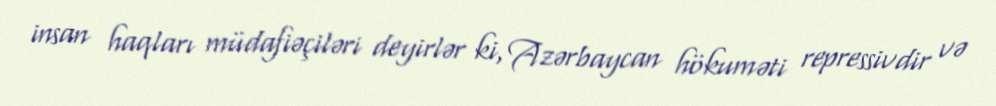
insan haqları müdafiəçiləri deyirlər ki, Azərbaycan hökuməti repressivdir və